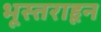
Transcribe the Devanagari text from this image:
भूस्तराहून